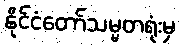
နိုင်ငံတော်သမ္မတရုံးမှ